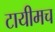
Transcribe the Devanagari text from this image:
टायीमच